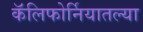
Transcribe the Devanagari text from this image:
कॅलिफोर्नियातल्या